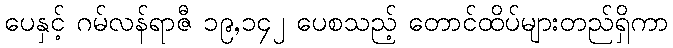
ပေနှင့် ဂမ်လန်ရာဇီ ၁၉,၁၄၂ ပေစသည့် တောင်ထိပ်များတည်ရှိကာ